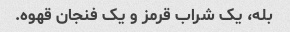
بله، یک شراب قرمز و یک فنجان قهوه.